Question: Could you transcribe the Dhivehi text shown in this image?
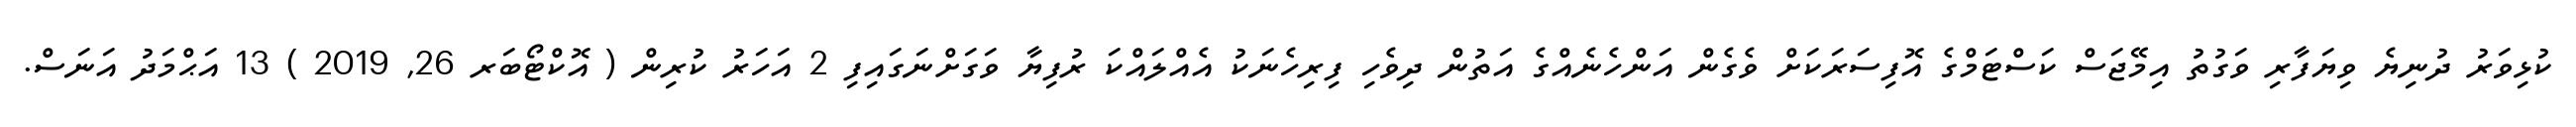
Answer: ކުޅިވަރު ދުނިޔެ ވިޔަފާރި ވަގުތު އިމޭޖަސް ކަސްޓަމްގެ އޮފިސަރަކަށް ވެގެން އަންހެނެއްގެ އަތުން ދިވެހި ފިރިހެނަކު އެއްލައްކަ ރުފިޔާ ވަގަށްނަގައިފި 2 އަހަރު ކުރިން ( އޮކްޓޯބަރ 26, 2019 ) 13 އަޙްމަދު އަނަސް.